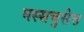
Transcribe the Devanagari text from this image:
मस्सचुसेत्त